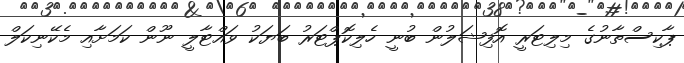
ޕާކިސްތާނުގެ މިލިޓަރީ އޮފިޝަލުން ބުނީ ހެލިކޮޕްޓަރު ބަޔަކު ވައްޓާލީ ނޫން ކަމަށާއި މެކޭނިކަލް